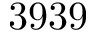
3 9 3 9